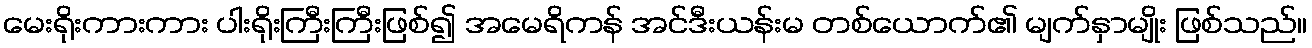
မေးရိုးကားကား ပါးရိုးကြီးကြီးဖြစ်၍ အမေရိကန် အင်ဒီးယန်းမ တစ်ယောက်၏ မျက်နှာမျိုး ဖြစ်သည်။